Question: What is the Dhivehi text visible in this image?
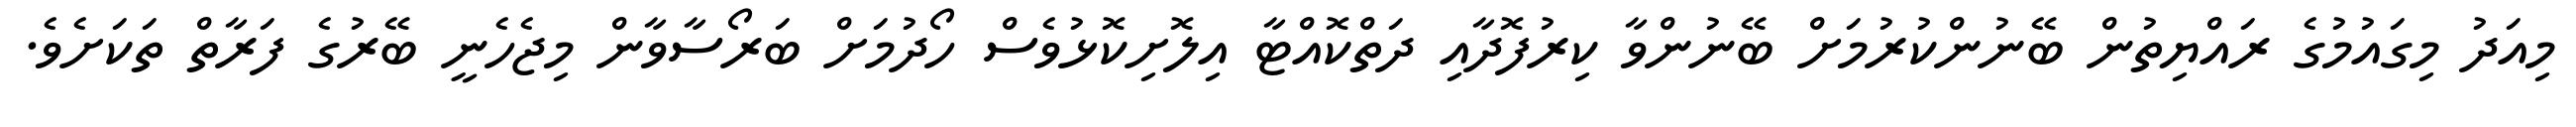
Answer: މިއަދު މިގައުމުގެ ރައްޔިތުން ބޭނުންކުރުމަށް ބޭނުންވާ ކިރުފޮދާއި ދަތްކޮއްޓާ އިލޮށިކޮޅުވެސް ހޯދުމަށް ބަރޯސާވާން މިޖެހެނީ ބޭރުގެ ފަރާތް ތަކަށެވެ.